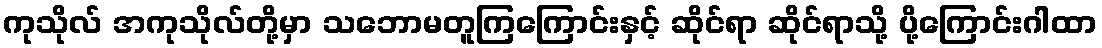
ကုသိုလ် အကုသိုလ်တို့မှာ သဘောမတူကြကြောင်းနှင့် ဆိုင်ရာ ဆိုင်ရာသို့ ပို့ကြောင်းဂါထာ